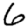
Digit: 6